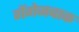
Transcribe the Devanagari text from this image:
गेंगेनबाक